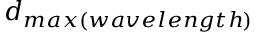
d _ { m a x ( w a v e l e n g t h ) }